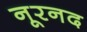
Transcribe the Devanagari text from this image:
नूरनद